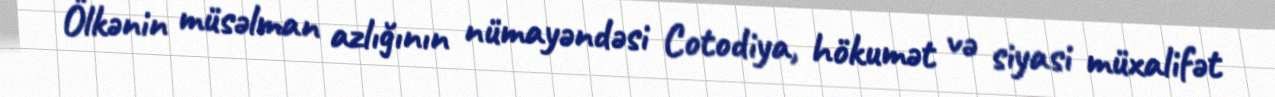
Ölkənin müsəlman azlığının nümayəndəsi Cotodiya, hökumət və siyasi müxalifət